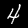
Digit: 4